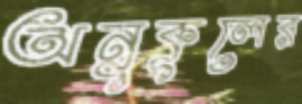
অনুকূলের